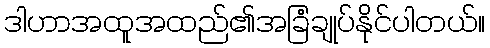
ဒါဟာအထူအထည်၏အခြံချုပ်နိုင်ပါတယ်။